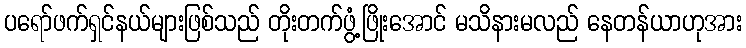
ပရော်ဖက်ရှင်နယ်များဖြစ်သည် တိုးတက်ဖွံ့ဖြိုးအောင် မသိနားမလည် နေတန်ယာဟုအား